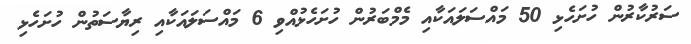
ސަރުކާރުން ހުށަހެޅި 50 މައްސަލައަކާއި މެމްބަރުން ހުށަހެޅުއްވި 6 މައްސަލައަކާއި ރިޔާސަތުން ހުށަހެޅި